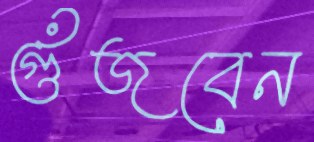
গুঁজবেন